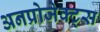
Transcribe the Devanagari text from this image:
अनप्रोजेक्ट्स